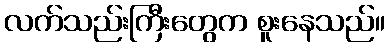
လက်သည်းကြီးတွေက စူးနေသည်။